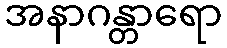
အနာဂန္တာရော